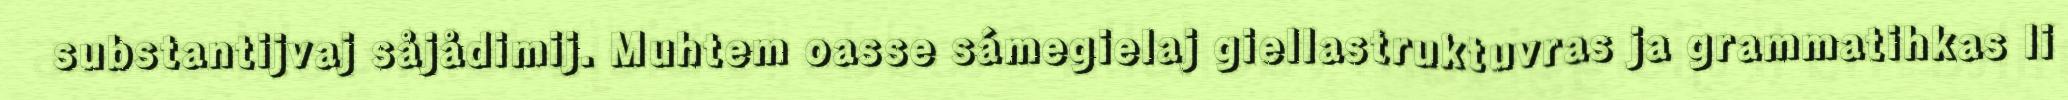
substantijvaj såjådimij. Muhtem oasse sámegielaj giellastruktuvras ja grammatihkas li